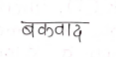
मजकूर: बकवाद